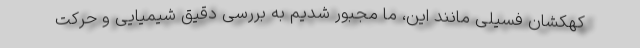
کهکشان فسیلی مانند این، ما مجبور شدیم به بررسی دقیق شیمیایی و حرکت